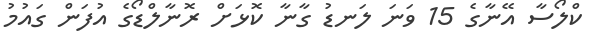
ކްލޯސާ އޭނާގެ 15 ވަނަ ލަނޑު ގާނާ ކޮޅަށް ރޮނާލްޑޯގެ އުފަން ގައުމު